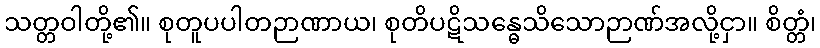
သတ္တဝါတို့၏။ စုတူပပါတဉာဏာယ၊ စုတိပဋိသန္ဓေသိသောဉာဏ်အလို့ငှာ။ စိတ္တံ၊